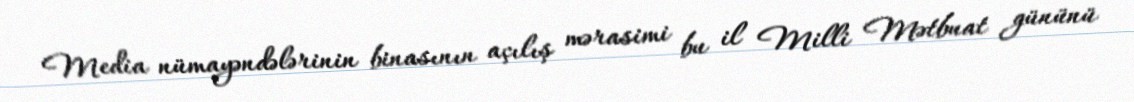
Media nümayəndələrinin binasının açılış mərasimi bu il Milli Mətbuat gününü